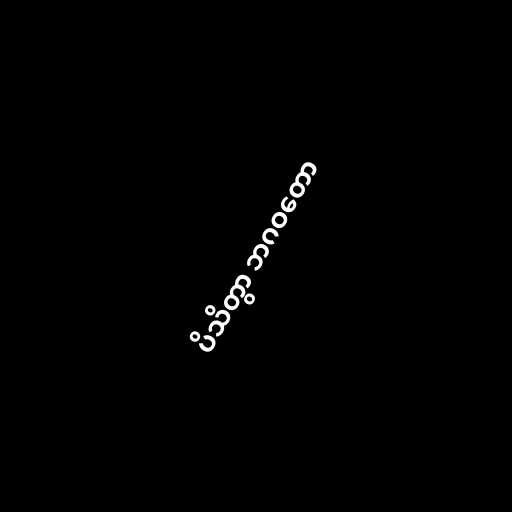
ပိသိတွာ ဘဂဝတော